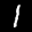
Label: 1